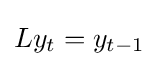
Ly_{t}=y_{t-1}